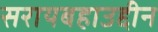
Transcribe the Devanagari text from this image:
सरायबहाउद्दीन